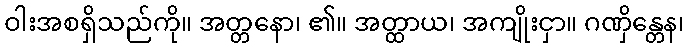
ဝါးအစရှိသည်ကို။ အတ္တနော၊ ၏။ အတ္ထာယ၊ အကျိုးငှာ။ ဂဏှိန္တေန၊